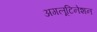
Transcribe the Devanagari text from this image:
अगलूटिनेशन